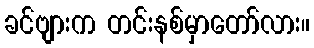
ခင်ဗျားက တင်းနစ်မှာတော်လား။